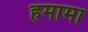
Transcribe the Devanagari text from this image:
हमामा